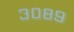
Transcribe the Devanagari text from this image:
३०८९